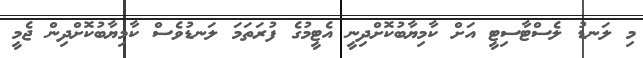
މި ލަނޑު ލެސްޓާސިޓީ އަށް ކާމިޔާބުކޮށްދިނީ އެޓީމުގެ ފުރަތަމަ ލަނޑުވެސް ކާމިޔާބުކޮށްދިން ޖެމީ